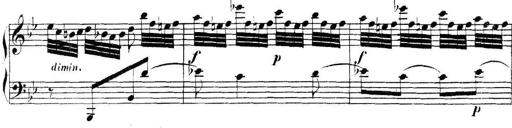
Title: Collected Piano Sonatas
Composer: Muzio Clementi